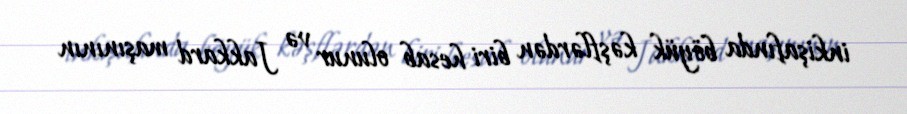
inkişafında böyük kəşflərdən biri hesab olunur və Jakkard maşınının